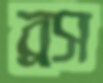
ব্রস